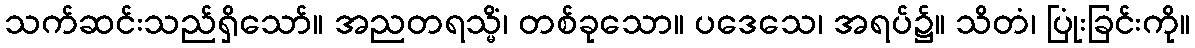
သက်ဆင်းသည်ရှိသော်။ အညတရသ္မိံ၊ တစ်ခုသော။ ပဒေသေ၊ အရပ်၌။ သိတံ၊ ပြုံးခြင်းကို။